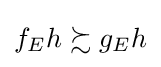
f_{E}h\succsim g_{E}h